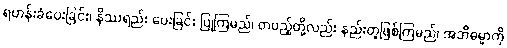
ရဟန်းခံပေးခြင်း၊ နိဿရည်း ပေးခြင်း ပြုကြမည်၊ တပည့်တို့လည်း နည်းတူဖြစ်ကြမည်၊ အဘိဓမ္မာကို